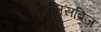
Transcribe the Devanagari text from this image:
एलिसब्रिज